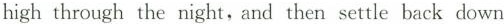
high through the night, and then settle back down